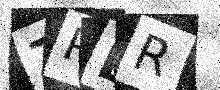
Text: ZPER